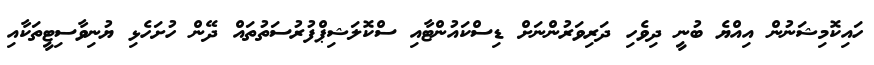
ހައިކޮމިޝަނުން އިއްޔެ ބުނީ ދިވެހި ދަރިވަރުންނަށް ޑިސްކައުންޓާއި ސްކޮލަޝިޕްފުރުސަތުތައް ދޭން ހުށަހެޅި ޔުނިވާސިޓީތަކާއި